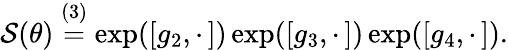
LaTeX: \mathcal{S}(\theta)\overset{(3)}{=}\exp([g_{2},\cdot\, ])\exp([g_{3},\cdot\, ])\exp([g_{4},\cdot\, ]).